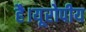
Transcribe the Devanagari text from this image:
है।यूरोपीय